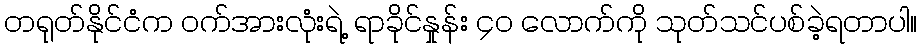
တရုတ်နိုင်ငံက ဝက်အားလုံးရဲ့ ရာခိုင်နှုန်း ၄၀ လောက်ကို သုတ်သင်ပစ်ခဲ့ရတာပါ။